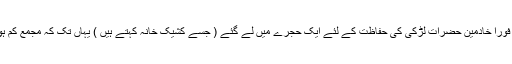
لیکن فوراً خادمین حضرات لڑکی کی حفاظت کے لئے ایک حجرے میں لے گئے ( جسے کشیک خانہ کہتے ہیں ) یہاں تک کہ مجمع کم ہوگیا ۔